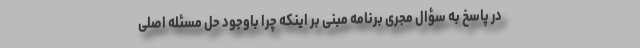
در پاسخ به سؤال مجری برنامه مبنی بر اینکه چرا باوجود حل مسئله اصلی